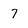
Character: 7